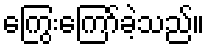
ကြွေးကြော်ခဲ့သည်။